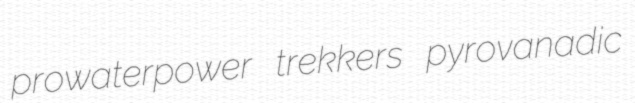
prowaterpower trekkers pyrovanadic